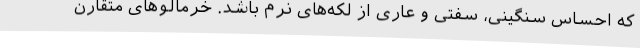
که احساس سنگینی، سفتی و عاری از لکه‌های نرم باشد. خرمالوهای متقارن